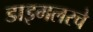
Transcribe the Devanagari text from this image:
डाइमलरचे